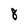
Character: 8